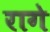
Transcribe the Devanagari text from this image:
रागे